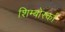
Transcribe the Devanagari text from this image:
शिम्बोर्स्का